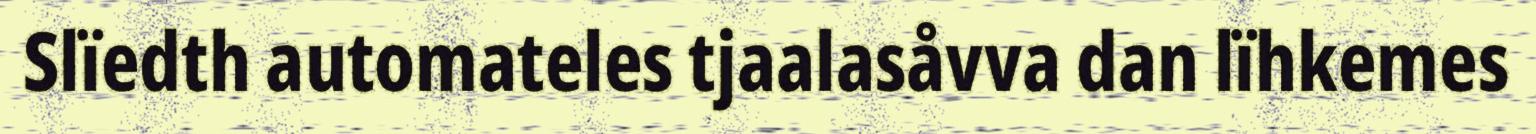
Slïedth automateles tjaalasåvva dan lïhkemes